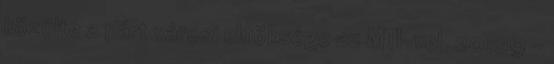
közölte a párt városi elnöksége az MTI-vel. 20:09 -